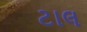
ટાલ